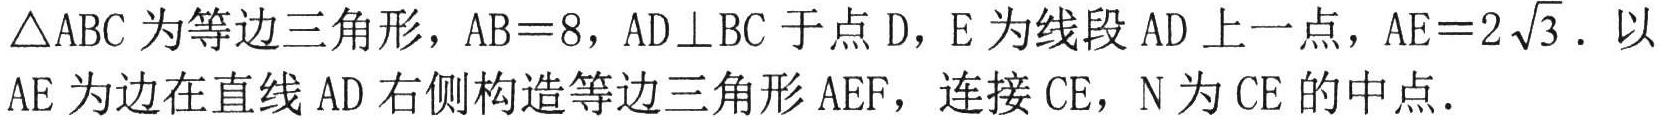
$\triangle ABC$为等边三角形，$AB = 8$，$AD\perp BC$于点$D$，$E$为线段$AD$上一点，$AE = 2\sqrt{3}$．以$AE$为边在直线$AD$右侧构造等边三角形$AEF$，连接$CE$，$N$为$CE$的中点．